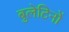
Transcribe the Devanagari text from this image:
बुलेटिनों